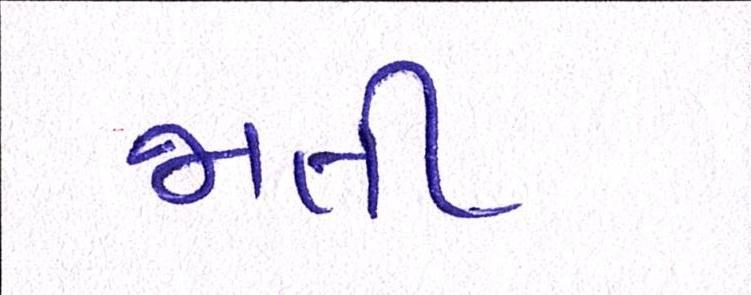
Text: જાતી